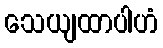
သေယျထာပါဟံ